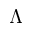
\Lambda